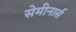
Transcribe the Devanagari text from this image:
सेमीनार्स